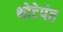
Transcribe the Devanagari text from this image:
थोटेपंत